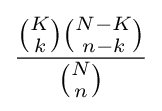
{\frac {{\binom {K}{k}}{\binom {N-K}{n-k}}}{\binom {N}{n}}}